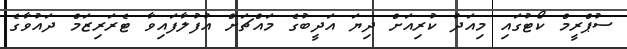
ސުޕްރީމް ކޯޓުގައި މިއަދު ކުރިއަށް ދިޔަ އަދީބުގެ މައްޗަށް އުފުލާފައިވާ ޓެރަރިޒަމް ދައުވާގެ